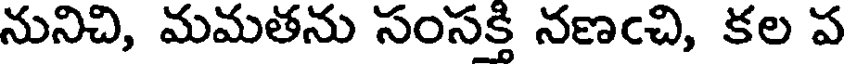
నునిచి, మమతను సంసక్తి నణఁచి, కల ప